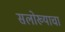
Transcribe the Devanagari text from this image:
सलोख्याचा